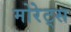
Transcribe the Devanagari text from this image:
मोरेट्स